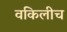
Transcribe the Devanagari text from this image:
वकिलीच